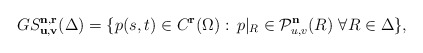
\begin{align*}GS_{\bf u,v}^{\bf n,r}(\Delta)=\{p(s,t)\in C^{\bf r}(\Omega):\, p\vert_{R}\in {\cal P}^{\bf n}_{u,v}(R)\,\, \forall R\in \Delta\},\end{align*}